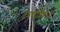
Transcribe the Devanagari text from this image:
तंत्रकोशिकाओं